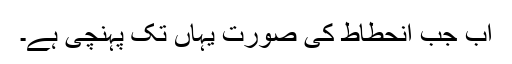
اب جب انحطاط کی صورت یہاں تک پہنچی ہے۔